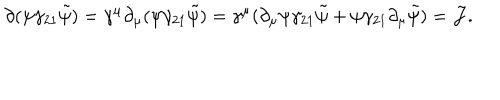
LaTeX: \partial ( \psi \gamma _ { 2 1 } \tilde { \psi } ) = \gamma ^ { \mu } \partial _ { \mu } ( \psi \gamma _ { 2 1 } \tilde { \psi } ) = \gamma ^ { \mu } ( \partial _ { \mu } \psi \gamma _ { 2 1 } \tilde { \psi } + \psi \gamma _ { 2 1 } \partial _ { \mu } \tilde { \psi } ) = { \cal J } .